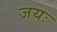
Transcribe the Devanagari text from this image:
जयः